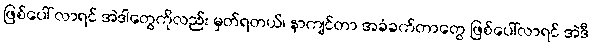
ဖြစ်ပေါ် လာရင် အဲဒါတွေကိုလည်း မှတ်ရတယ်၊ နာကျင်တာ အခံခက်တာတွေ ဖြစ်ပေါ်လာရင် အဲဒီ